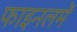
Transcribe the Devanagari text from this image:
फाइनलमें